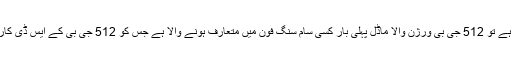
اسی طرح فون اسٹوریج کی جہاں تک بات ہے تو 512 جی بی ورژن والا ماڈل پہلی بار کسی سام سنگ فون میں متعارف ہونے والا ہے جس کو 512 جی بی کے ایس ڈی کارڈ سے ایک ٹی بی تک پہنچایا جاسکتا ہے۔